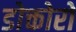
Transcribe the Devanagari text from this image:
डोक्तोरो